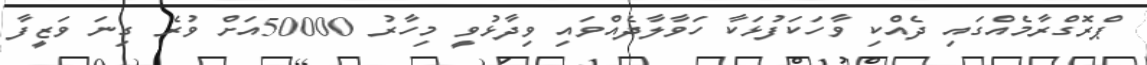
ޕްރޮގްރާމެއްގައި ދެއްކި ވާހަކަފުޅަކާ ހަވާލާދެއްވައި ވިދާޅުވީ މިހާރު 50000އަށް ވުރެ ގިނަ ވަޒީފާ